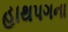
હાથપગના